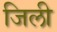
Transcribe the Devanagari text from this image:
जिली